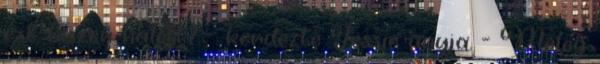
ezt, hiszen halott? - kérdezte Jessie anyja. - Meleg